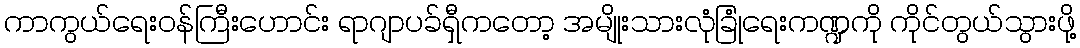
ကာကွယ်ရေးဝန်ကြီးဟောင်း ရာဂျာပခ်ရှီကတော့ အမျိုးသားလုံခြုံရေးကဏ္ဍကို ကိုင်တွယ်သွားဖို့